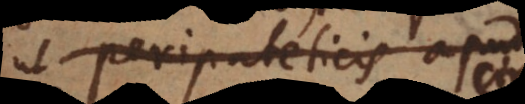
ut Peripateticis apud